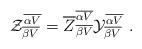
LaTeX: \begin{align*}{\cal Z}^{\overline {\alpha V}}_{\overline {\beta V}}= {\overline Z}^{\overline {\alpha V}}_{\overline {\beta V}} {\cal Y}^{\overline {\alpha V}}_{\overline {\beta V}} ~.\end{align*}